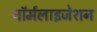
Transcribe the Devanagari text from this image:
नॉर्मलाइजेशन